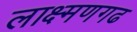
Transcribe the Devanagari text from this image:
लाक्ष्मणगढ